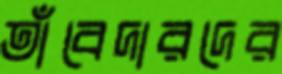
তাঁবেদারদের